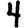
Digit: 4